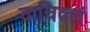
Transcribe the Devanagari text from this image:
वाचिवलं